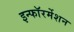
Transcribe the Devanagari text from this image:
इन्फाॅरर्मेशन